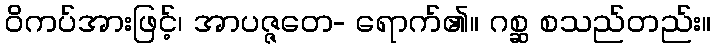
ဝိကပ်အားဖြင့်၊ အာပဇ္ဇတေ- ရောက်၏။ ဂစ္ဆ စသည်တည်း။